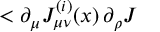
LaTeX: < \partial _ { \mu } { \cal J } _ { \mu \nu } ^ { ( i ) } ( x ) \, \partial _ { \rho } { \cal J }